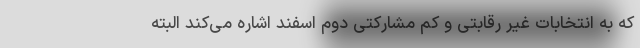
که به انتخابات غیر رقابتی و کم مشارکتی دوم اسفند اشاره می‌کند البته